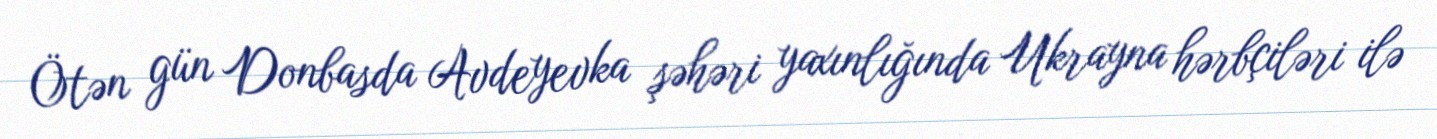
Ötən gün Donbasda Avdeyevka şəhəri yaxınlığında Ukrayna hərbçiləri ilə